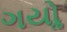
ગયોૢ